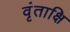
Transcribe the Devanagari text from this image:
वृंताक्षि